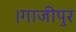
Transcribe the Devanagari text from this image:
।गाजीपुर